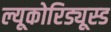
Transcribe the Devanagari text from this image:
ल्यूकोरिड्यूस्ड